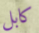
كابل